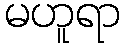
မဟူရာ